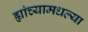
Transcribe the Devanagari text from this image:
ह्यांच्यामधल्या